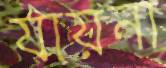
যায়না